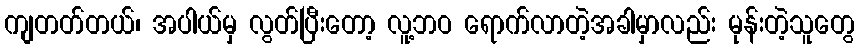
ကျတတ်တယ်၊ အပါယ်မှ လွတ်ပြီးတော့ လူ့ဘဝ ရောက်လာတဲ့အခါမှာလည်း မုန်းတဲ့သူတွေ